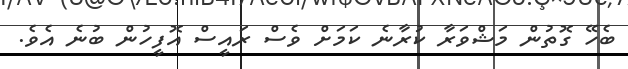
ބެހޭ ގޮތުން މަޝްވަރާ ކުރާނެ ކަމަށް ވެސް ރައީސް އޮފީހުން ބުނެ އެވެ.